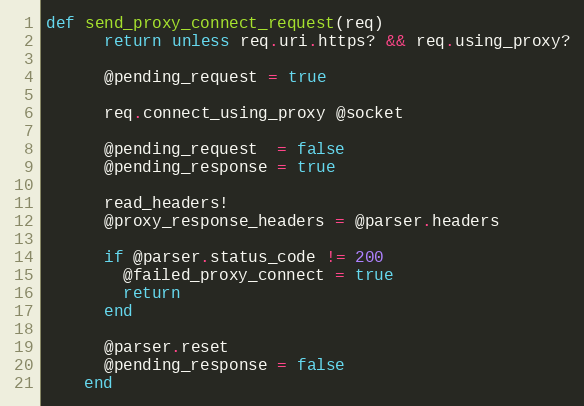
Language: Ruby
def send_proxy_connect_request(req)
      return unless req.uri.https? && req.using_proxy?

      @pending_request = true

      req.connect_using_proxy @socket

      @pending_request  = false
      @pending_response = true

      read_headers!
      @proxy_response_headers = @parser.headers

      if @parser.status_code != 200
        @failed_proxy_connect = true
        return
      end

      @parser.reset
      @pending_response = false
    end